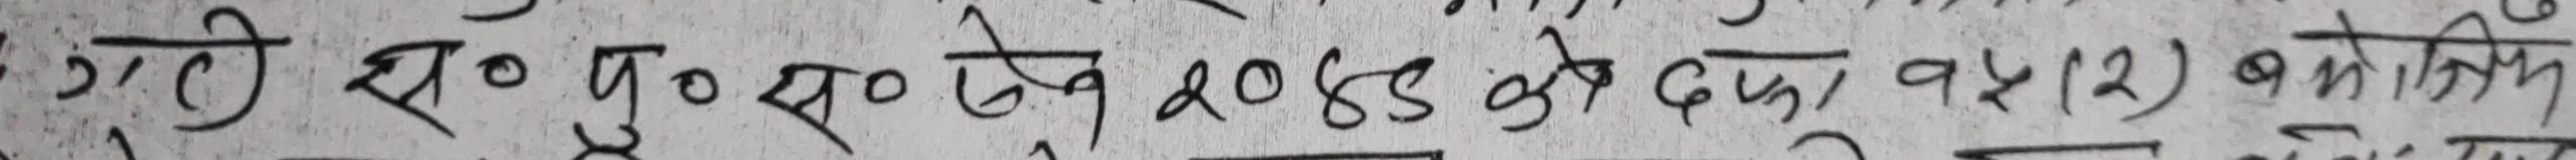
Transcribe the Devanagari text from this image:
गी २० ५० ५० ऐन २०४९ को दफा १५(२) बमोजिम